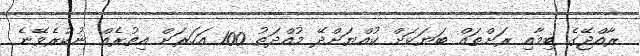
ރާއްޖޭގެ ބިމާއި ރަށްތައް ބަޔަކަށް ކުއްޔަށްދޭ މުއްދަތު 100 އަހަރަށް އިތުރެއް ނުކުރެވޭނެ